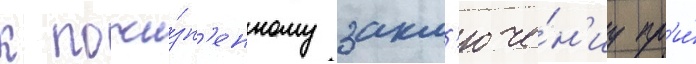
к пожи́зн'енному закл'юче́н'иу пр'и́